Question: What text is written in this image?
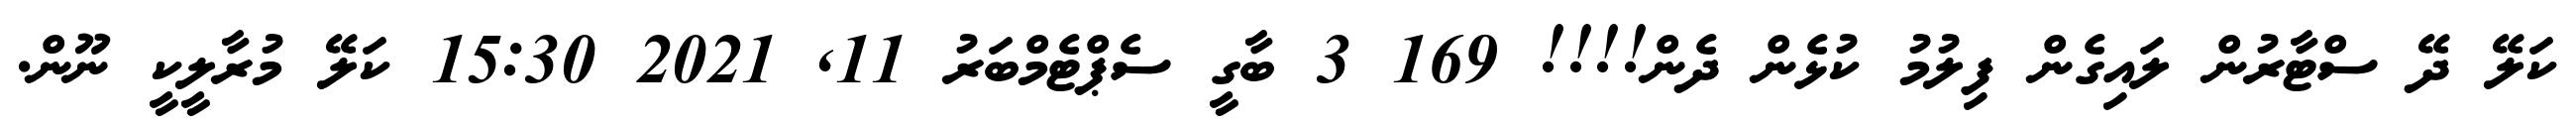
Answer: ކަލޭ ދޭ ސްޓާރުން ލައިގެން ފިލުމު ކުޅެން ދެން!!!! 169 3 ބާގީ ސެޕްޓެމްބަރު 11, 2021 15:30 ކަލޭ މުރާލީކީ ނޫން.